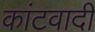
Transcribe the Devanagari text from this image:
कांटवादी